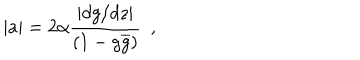
| a | = 2 \alpha \frac { \left| d g / d z \right| } { ( 1 - g \overline { { { g } } } ) } ~ ~ ,